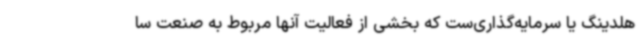
هلدینگ یا سرمایه‌گذاری‌ست که بخشی از فعالیت آنها مربوط به صنعت سا